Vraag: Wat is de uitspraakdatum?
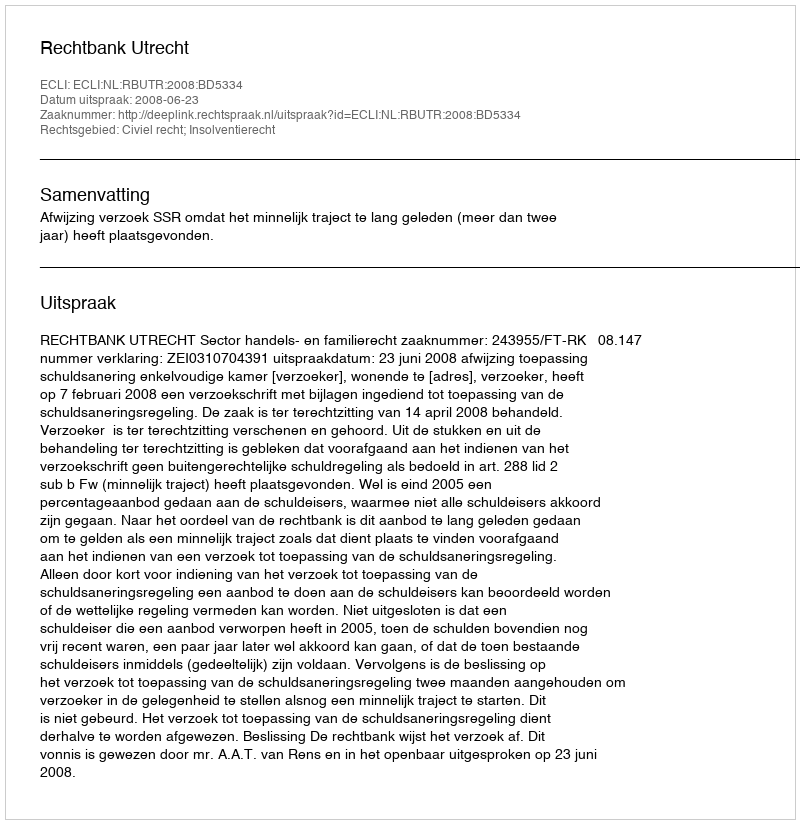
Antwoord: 2008-06-23